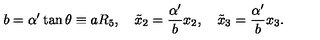
b = \alpha ^ { \prime } \tan \theta \equiv a R _ { 5 } , \quad \tilde { x } _ { 2 } = \frac { \alpha ^ { \prime } } { b } x _ { 2 } , \quad \tilde { x } _ { 3 } = \frac { \alpha ^ { \prime } } { b } x _ { 3 } .